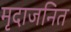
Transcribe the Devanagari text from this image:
मृदाजनित